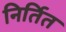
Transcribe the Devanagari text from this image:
निर्तित